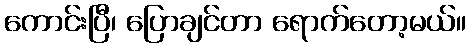
ကောင်းပြီ၊ ပြောချင်တာ ရောက်တော့မယ်။